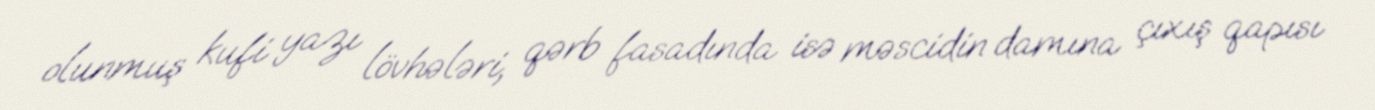
olunmuş kufi yazı lövhələri, qərb fasadında isə məscidin damına çıxış qapısı